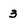
Character: 3